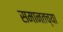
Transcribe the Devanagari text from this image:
समानतच्या